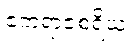
ဧကရာဇစရိယ။